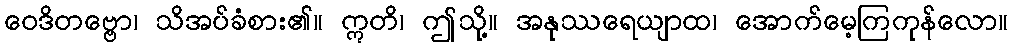
ဝေဒိတဗ္ဗော၊ သိအပ်ခံစား၏။ ဣတိ၊ ဤသို့။ အနုဿရေယျာထ၊ အောက်မေ့ကြကုန်လော။